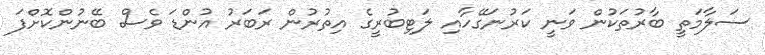
ސަލާމަތީ ބާރުތަކުން ވަނީ ކަރުނަގޭހާއި ލަޓިބުރީގެ އިތުރުން ރަބަރު އުންޑަ ވެސް ބޭނުންކޮށްފަ